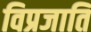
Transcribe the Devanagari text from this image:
विप्रजाति